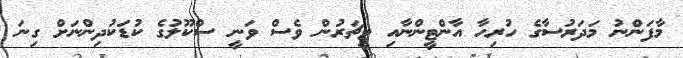
މާފަންނު މަދަރުސާގެ ހުރިހާ އާންޓީންނާއި ޓީޗަރުން ވެސް ވަނީ ސްކޫލުގެ ކުޑަކުދިންނަށް ގިނަ